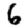
Digit: 6